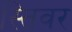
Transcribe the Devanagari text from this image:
स्तिवर